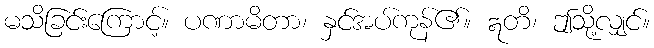
မသိခြင်းကြောင့်။ ပဏာမိတာ၊ နှင်အပ်ကုန်၏။ ဣတိ၊ ဤသို့လျှင်။